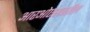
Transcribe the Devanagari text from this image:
आरओएसवरील